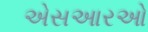
એસઆરઓ